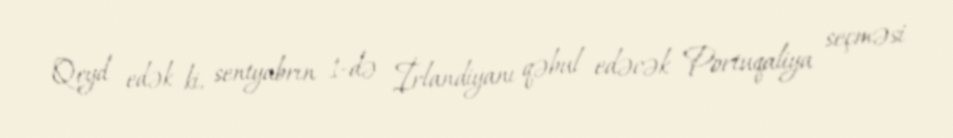
Qeyd edək ki, sentyabrın 1-də İrlandiyanı qəbul edəcək Portuqaliya seçməsi